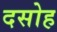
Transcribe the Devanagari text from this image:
दसोह